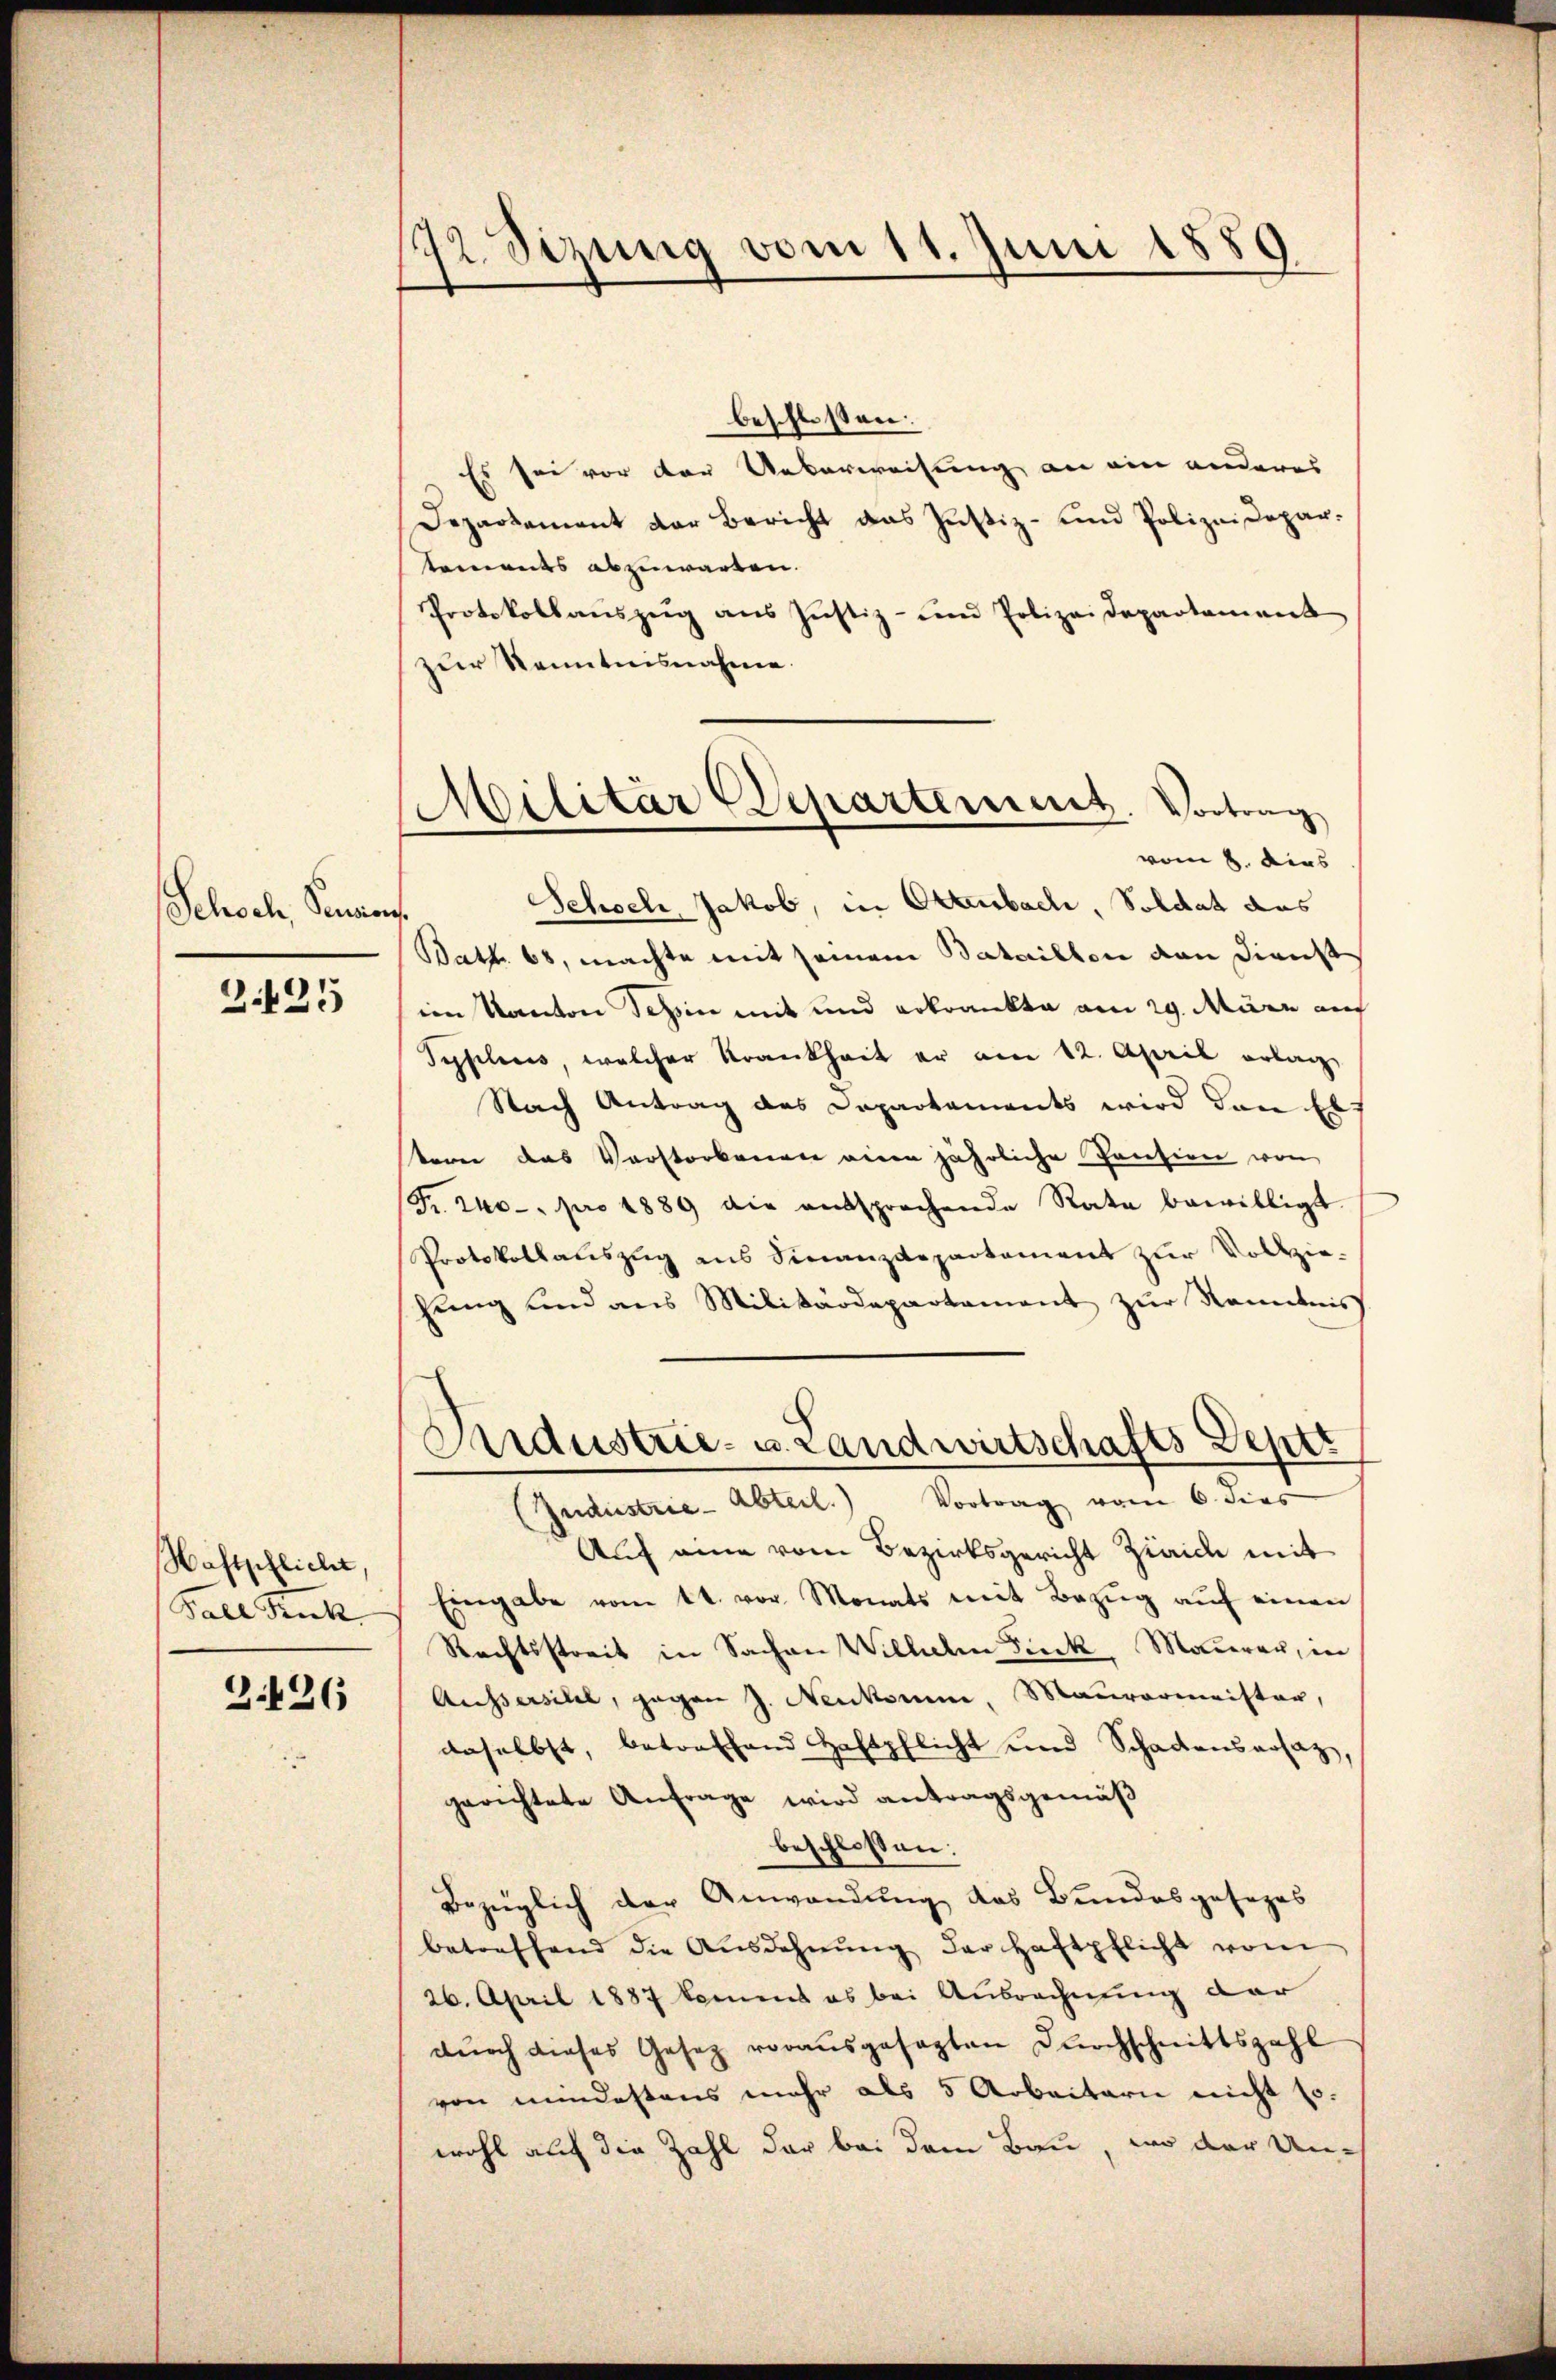
Schoch, Senior.

2.425

Haftpflicht.
Fall Stuck

Z.426

172. Sizung vom 11. Juni 1889

Militär Departement. Vortrag
vom 8. dies

beschlossen:
Es sei vor der Ueberweisung an ein anderes
Departement der Bericht das Justiz- und Polizeidepartements abzuwarten.
Protokollaŭszŭg aŭs Justiz- und Polizeidepartement
zur Kenntnisnahme.
Schoch, Jakob, in Ottenbach, Soldat aus
Batt. 68, machte mit seinem Bataillon von Dienst
im Kanton Tessin mit und erkrankte am 29. März aus
Pyplius, welcher Krankheit er am 12. April erlag
Nach Antrag des Departements wird dann Ebe
tern das Verstorbenen einen jährliche Pension von
Fr. 240 - pro 1889 die entsprechende Rate bewilligt.
Protokollalszŭg ans Finanzdepartement zŭr Vollzie-
hung und aus Militärdepartament zŭr Nominis
Industrie- u. Landwirtschafts Deper
(Jndustrie-Abteil. Vortrag vom 6. dies
Auf eine vom Bezirksgericht Zwaide mit
Eingabe vom 4t. vor. Monats mit Bezŭg aŭf einen
Rechtsstreit in Sachen Wilhen Fick, Mauerer, in
Aussersihl, gegen J. Neukomme, Maurermeister,
daselbst, betreffend Haftpflicht und Schadensersatz,
gerichtete Anfrage wird antragsgemäß
beschlossen:
Bezüglich der Anwendung das Bundesgesezes
betreffend die Ausdehnŭng der Haftpflicht vom
26. April 1887 koment es bei Ausrechnung dar
dŭrch dieses Gesetz vorausgesagten Durchschnittszahl
von mindestens mehr als 5 Arbeitern nicht so.
wohl auf die Zahl der bei dem Bau, wo der Un¬